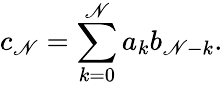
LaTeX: c_{\mathscr{N}}=\sum_{k=0}^{\mathscr{N}}a_{k}b_{\mathscr{N}-k}.